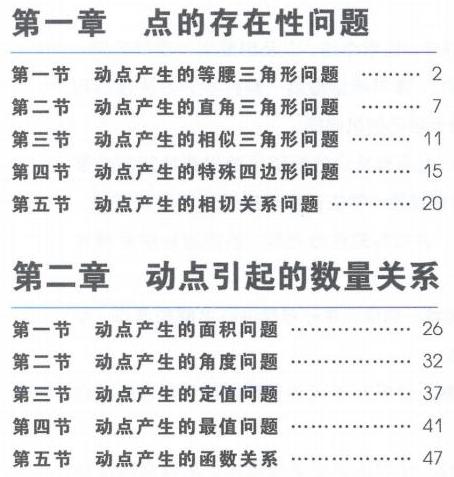
第一章 点的存在性问题
第一节 动点产生的等腰三角形问题 …… 2
第二节 动点产生的直角三角形问题 …… 7
第三节 动点产生的相似三角形问题 …… 11
第四节 动点产生的特殊四边形问题 …… 15
第五节 动点产生的相切关系问题 …… 20
第二章 动点引起的数量关系
第一节 动点产生的面积问题 …… 26
第二节 动点产生的角度问题 …… 32
第三节 动点产生的定值问题 …… 37
第四节 动点产生的最值问题 …… 41
第五节 动点产生的函数关系 …… 47